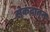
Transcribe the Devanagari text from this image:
सेकंदातून